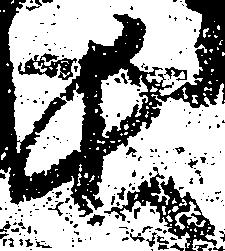
長